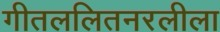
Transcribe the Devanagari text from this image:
गीतललितनरलीला